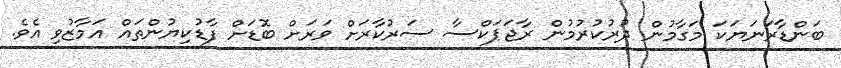
ބަންޑާރަނަޔަކަ މަގާމުން ދުރުކުރުމުން ރާޖަޕަކްސާ ސަރުކާރަށް ވަރަށް ބޮޑަށް ފާޑުކިޔުންތައް އަމާޒުވި އެވެ.